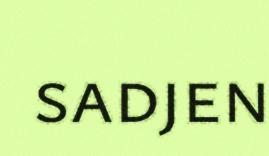
sadjen